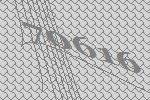
70616